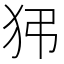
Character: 𤝠